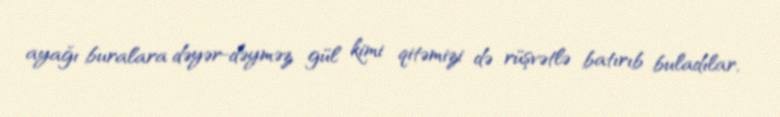
ayağı buralara dəyər-dəyməz gül kimi qitəmizi də rüşvətlə batırıb buladılar,